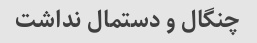
چنگال و دستمال نداشت